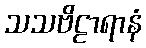
သသဗိဠာရာနံ